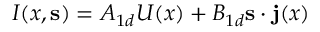
I ( x , { \bf s } ) = A _ { 1 d } U ( x ) + B _ { 1 d } { \bf s } \cdot { \bf j } ( x )